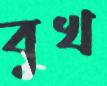
বুখ